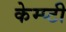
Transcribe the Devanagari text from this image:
केम्प्टी